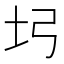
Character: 𡉖